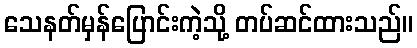
သေနတ်မှန်ပြောင်းကဲ့သို့ တပ်ဆင်ထားသည်။